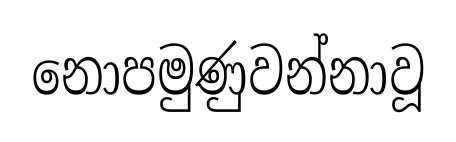
නොපමුණුවන්නාවූ